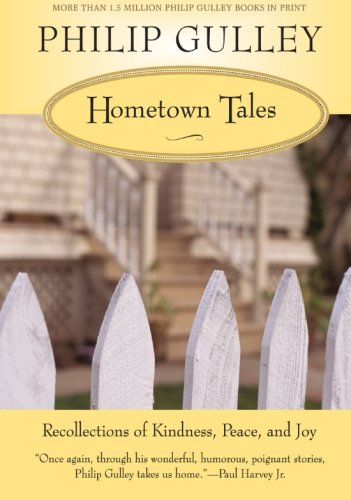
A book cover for Hometown Tales: Recollections of Kindness, Peace, and Joy; Philip Gulley; Christian Books & Bibles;